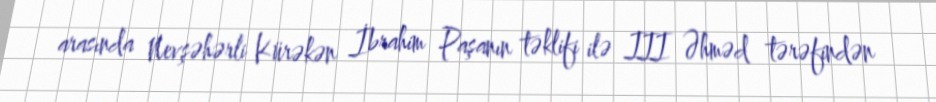
arasında Nevşəhərli Kürəkən İbrahim Paşanın təklifi ilə III Əhməd tərəfindən